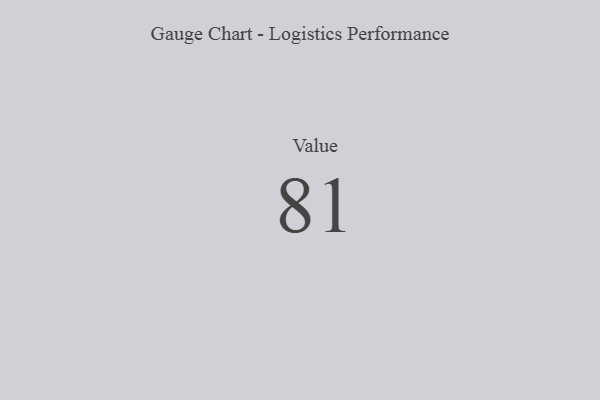
{"axis": {"x": "Metric", "y": "Value"}, "legend": [""], "data": [{"x": "Value", "y": 81, "type": ""}]}